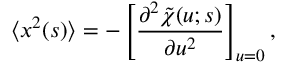
\langle x ^ { 2 } ( s ) \rangle = - \left[ \frac { \partial ^ { 2 } \tilde { \chi } ( u ; s ) } { \partial u ^ { 2 } } \right] _ { u = 0 } ,